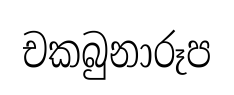
චකබුනාරූප